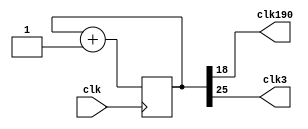
`timescale 1ns / 1ps
//////////////////////////////////////////////////////////////////////////////////
// Company: 
// Engineer: 
// 
// Design Name: 
// Module Name: clkdiv
// Project Name: 
// Target Devices: 
// Tool Versions: 
// Description: 
// 
// Dependencies: 
// 
// Revision:
// Revision 0.01 - File Created
// Additional Comments:
// 
//////////////////////////////////////////////////////////////////////////////////


module clkdiv(
    input wire clk,
    output wire clk190,
    output wire clk3
    );
    reg [26:0] c = 0;
    always@ (posedge clk )
    begin
    c<=c+1;
    end
    assign clk190 =c[18];
    assign clk3 =c[25];
endmodule